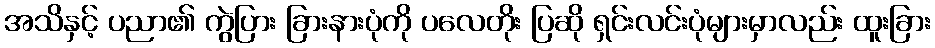
အသိနှင့် ပညာ၏ ကွဲပြား ခြားနားပုံကို ပလေတိုး ပြဆို ရှင်းလင်းပုံများမှာလည်း ထူးခြား